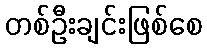
တစ်ဦးချင်းဖြစ်စေ